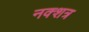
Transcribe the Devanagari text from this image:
नक्शत्र